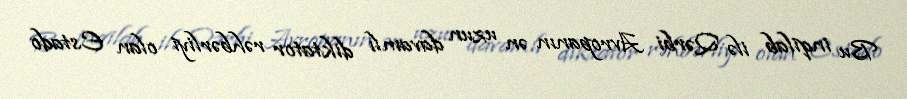
Bu inqilab ilə Qərbi Avropanın ən uzun davamlı diktator rəhbərliyi olan Estado